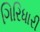
ગિરિધારી